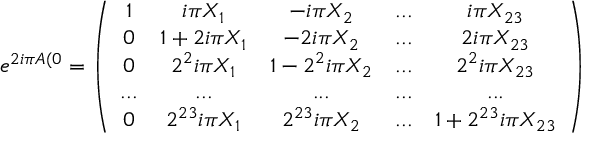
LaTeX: e ^ { 2 i \pi A ( 0 } = \left( \begin{array} { c c c c c } { { 1 } } & { { i \pi X _ { 1 } } } & { { - i \pi X _ { 2 } } } & { { . . . } } & { { i \pi X _ { 2 3 } } } \\ { { 0 } } & { { 1 + 2 i \pi X _ { 1 } } } & { { - 2 i \pi X _ { 2 } } } & { { . . . } } & { { 2 i \pi X _ { 2 3 } } } \\ { { 0 } } & { { 2 ^ { 2 } i \pi X _ { 1 } } } & { { 1 - 2 ^ { 2 } i \pi X _ { 2 } } } & { { . . . } } & { { 2 ^ { 2 } i \pi X _ { 2 3 } } } \\ { { . . . } } & { { . . . } } & { { . . . } } & { { . . . } } & { { . . . } } \\ { { 0 } } & { { 2 ^ { 2 3 } i \pi X _ { 1 } } } & { { 2 ^ { 2 3 } i \pi X _ { 2 } } } & { { . . . } } & { { 1 + 2 ^ { 2 3 } i \pi X _ { 2 3 } } } \end{array} \right)